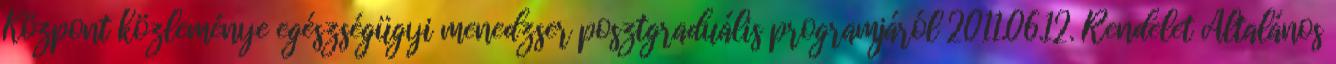
Központ közleménye egészségügyi menedzser posztgraduális programjáról 2011.06.12. Rendelet Általános